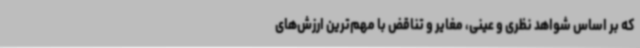
که بر اساس شواهد نظری و عینی، مغایر و تناقض با مهم‌ترین ارزش‌های